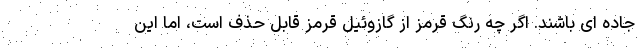
جاده ای باشند. اگر چه رنگ قرمز از گازوئیل قرمز قابل حذف است، اما این